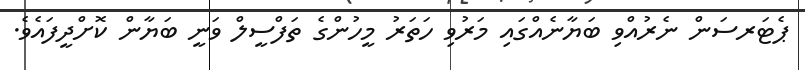
ޕެޓަރސަން ނެރުއްވި ބަޔާނެއްގައި މަރުވި ހަތަރު މީހުންގެ ތަފްސީލް ވަނީ ބަޔާން ކޮށްދީފައެވެ.